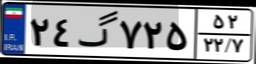
۲۴گ۷۲۵۵۲